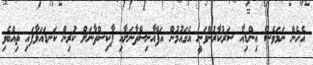
އެހެން ނަމަވެސް އިންޑިއާ ސަރުކާރުންވަނީ އެގައުމުން އަފްޣާނިސްތާނަށާއި ޕާކިސްތާނަށް ކުރިން ކަނޑައަޅާފައި ތިއްބެވި